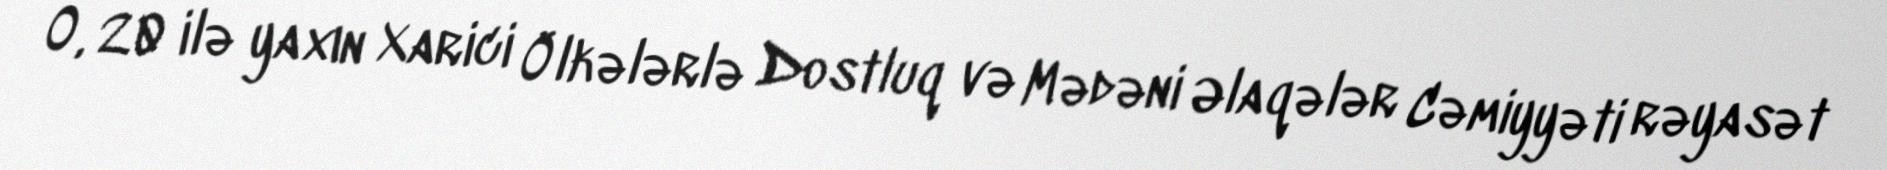
O, 20 ilə yaxın Xarici Ölkələrlə Dostluq və Mədəni Əlaqələr Cəmiyyəti rəyasət